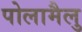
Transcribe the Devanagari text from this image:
पोलामैलु